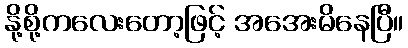
နို့စို့ကလေးတော့ဖြင့် အအေးမိနေပြီ။